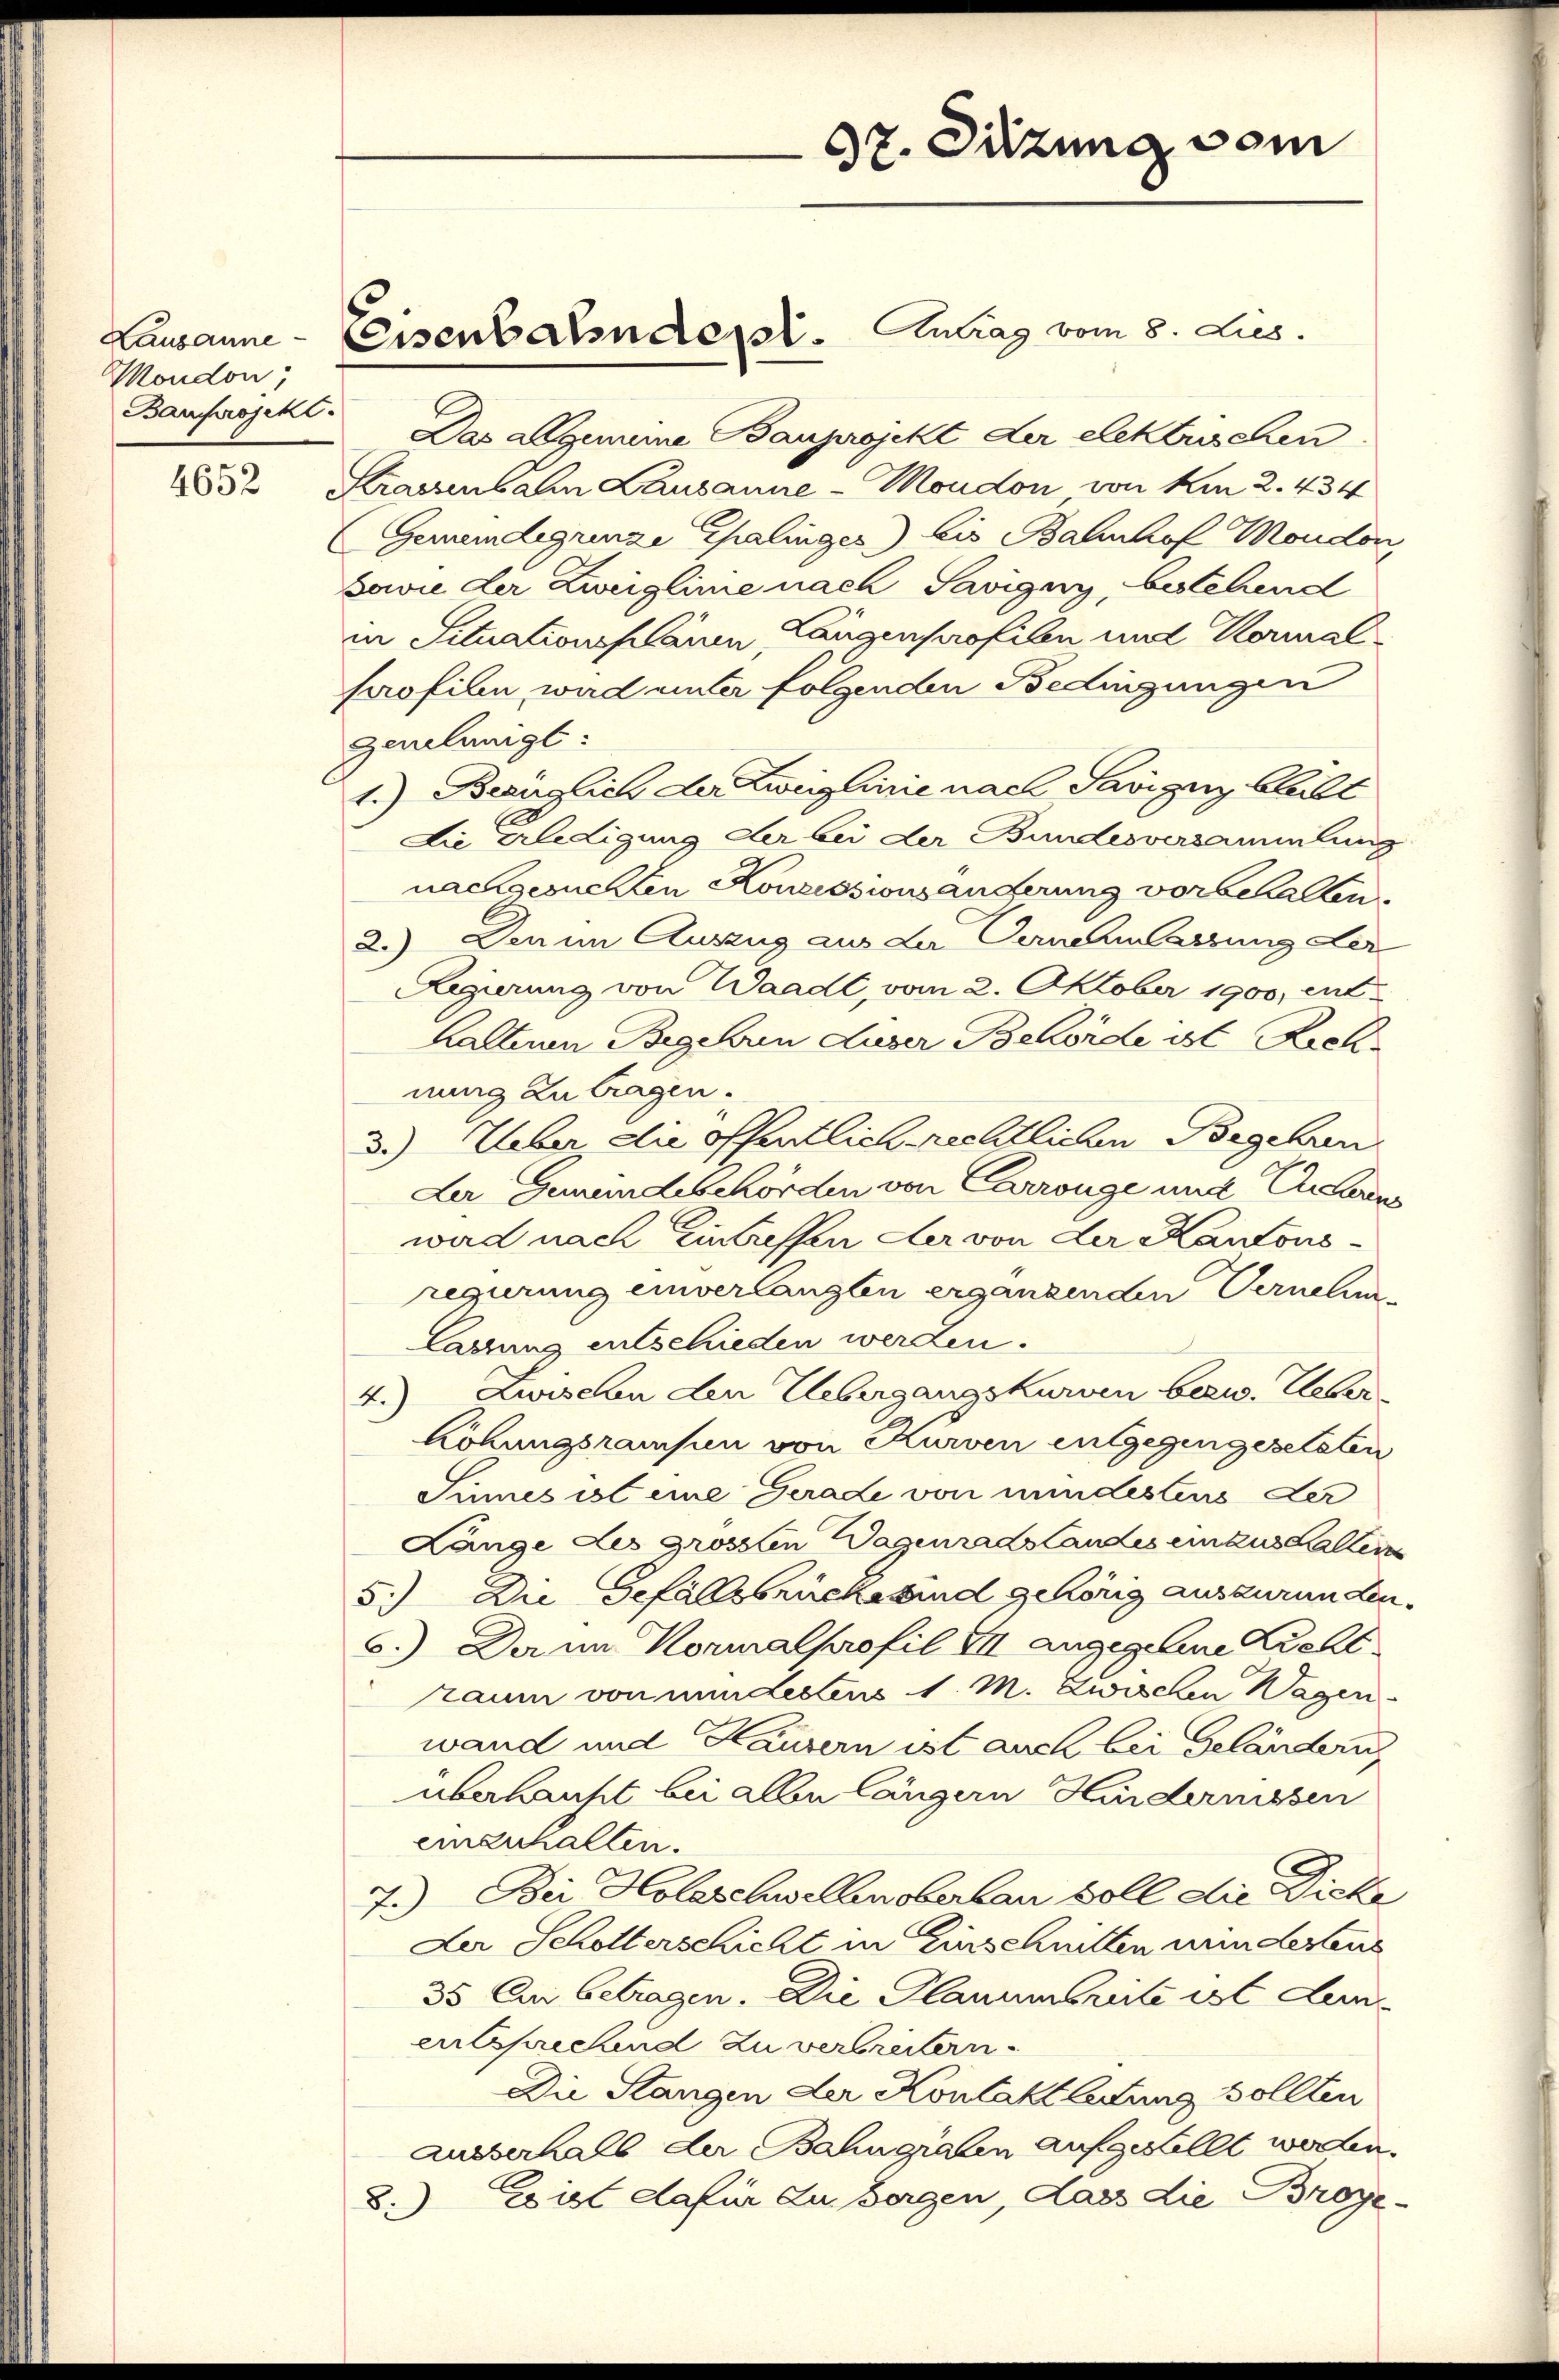
Moudon,
Barprojekt.

4652

Das abgenome Bauprojekt der elektrischen
Strassenbahn Lausanne - Moudon von km 2. 434
(Gemeindegrenze Spalinger) bis Bahnhof Moudon,
Bavie der Zweiglinie nach Savigny, bestehend
in Situationsplanen Langenprofilen und Kormalprofilen ward unter folgenden Bedingungen
genehmigt:
1.) Bezüglich der Zweiglinie nach Savigny Cheilt
Die Erledigung der bei der Bundesversammlung
nachgesuchten Konzessionsänderung vorbehalten.
2.) Den im Auszug aus der Vernen lassung der
Regierung von Waadt, vom 2. Oktober 1900, ent¬
Kaltenen Begehren Auser Behörde ist Rechnung zu tragen.
3.) Ueber die öffentlich rechtlichen Begehren
Ler Gemeindebehörden von Carrange und Antons
wird nach Eintreffen der von der Kantonsregirung einverlangten ergänzenden Vernelin-
Casung entschieden werden.
4.) Zwischen den Uebergangskurven bezw. Ueber¬
Köhungsrausen von Kurven engegengesetzten
Sinnes ist eine Gerade von mindestens der
Lange des grossten Wagenradstandes einzustalten
5.) Die Gefällsbrückesind gehörig auszurunden.
6.) Der im Kormalprofil II angegebene Licht
raum von mindectens 1. M. Zwischen Wagen
wand und Hausern ist auch bei Geländerung
überhaupt bei allen längern Hindernissen
einzuhalten.
7.) Bei Hobeschwellenoberbau voll die Dicke
Der Scholterschicht in Einschnitten nun destens
35 Cur betragen. Die Planum breite ist dementsprechend zu verbreitern.
Die Stangen der Kontaktlettung sollten
ausserhalb der Bahngraben aufgestellt werden.
Eist dafür zu Bergen, dass die Broye
8.

Lausanne Eisenbahndert. Antrag vom 8. Jus

37. Sitzung vom